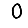
Digit: 0